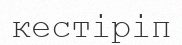
кестіріп